Scottish Leaving Certificate Examination, 1957
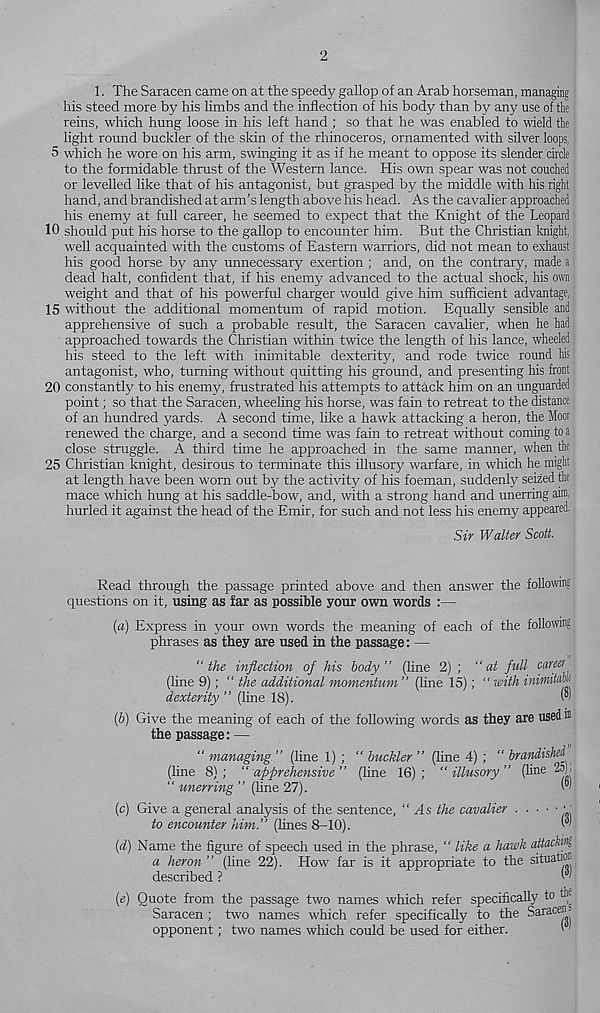
2
1. The Saracen came on at the speedy gallop of an Arab horseman, managing
his steed more by his limbs and the inflection of his body than by any use of the
reins, which hung loose in his left hand ; so that he was enabled to wield the
light round buckler of the skin of the rhinoceros, ornamented with silver loops,
5 which he wore on his arm, swinging it as if he meant to oppose its slender circle
to the formidable thrust of the Western lance. His own spear was not couched
or levelled like that of his antagonist, but grasped by the middle with his right
hand, and brandished at arm's length above his head. As the cavalier approached
his enemy at full career, he seemed to expect that the Knight of the Leopard
10 should put his horse to the gallop to encounter him. But the Christian knight,
well acquainted with the customs of Eastern warriors, did not mean to exhaust
his good horse by any unnecessary exertion ; and, on the contrary, made a
dead halt, confident that, if his enemy advanced to the actual shock, his own
weight and that of his powerful charger would give him sufficient advantage,
15 without the additional momentum of rapid motion. Equally sensible and
apprehensive of such a probable result, the Saracen cavalier, when he had
approached towards the Christian within twice the length of his lance, wheeled
his steed to the left with inimitable dexterity, and rode twice round his
antagonist, who, turning without quitting his ground, and presenting his front
20 constantly to his enemy, frustrated his attempts to attack him on an unguarded
point; so that the Saracen, wheeling his horse, was fain to retreat to the distance
of an hundred yards. A second time, like a hawk attacking a heron, the Moor
renewed the charge, and a second time was fain to retreat without coming to a
close straggle. A third time he approached in the same manner, when the
25 Christian knight, desirous to terminate this illusory warfare, in which he might
at length have been worn out by the activity of his foeman, suddenly seized the
mace which hung at his saddle-bow, and, with a strong hand and unerring aim,
hurled it against the head of the Emir, for such and not less his enemy appeared.
Sir Walter Scott.
Read through the passage printed above and then answer the following
questions on it, using as far as possible your own words :—
(a) Express in your own words the meaning of each of the following
phrases as they are used in the passage: —
“the inflection of his body’’ (line 2) ; “at full career
(line 9); “ the additional momentum ” (line 15); “ with inimitcm
dexterity" (line 18).
™
(b) Give the meaning of each of the following words as they are used m
the passage: —
“ managing ’’ (line 1) ; “ buckler ” (line 4) ; “ brandished
(line 8) ; “ apprehensive ” (line 16) ; “ illusory ” (line 2D) :
“ unerring ’’ (line 27).
™
(c) Give a general analysis of the sentence, “ As the cavalier
•:
to encounter him." (lines 8-10).
(d) Name the figure of speech used in the phrase, “ like a hawk attachfl
a heron ” (line 22). How far is it appropriate to the situation
described ?
w
(«) Quote from the passage two names which refer specifically to the
Saracen ; two names which refer specifically to the Saracen-
opponent; two names which could be used for either.
t'